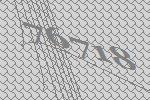
76718